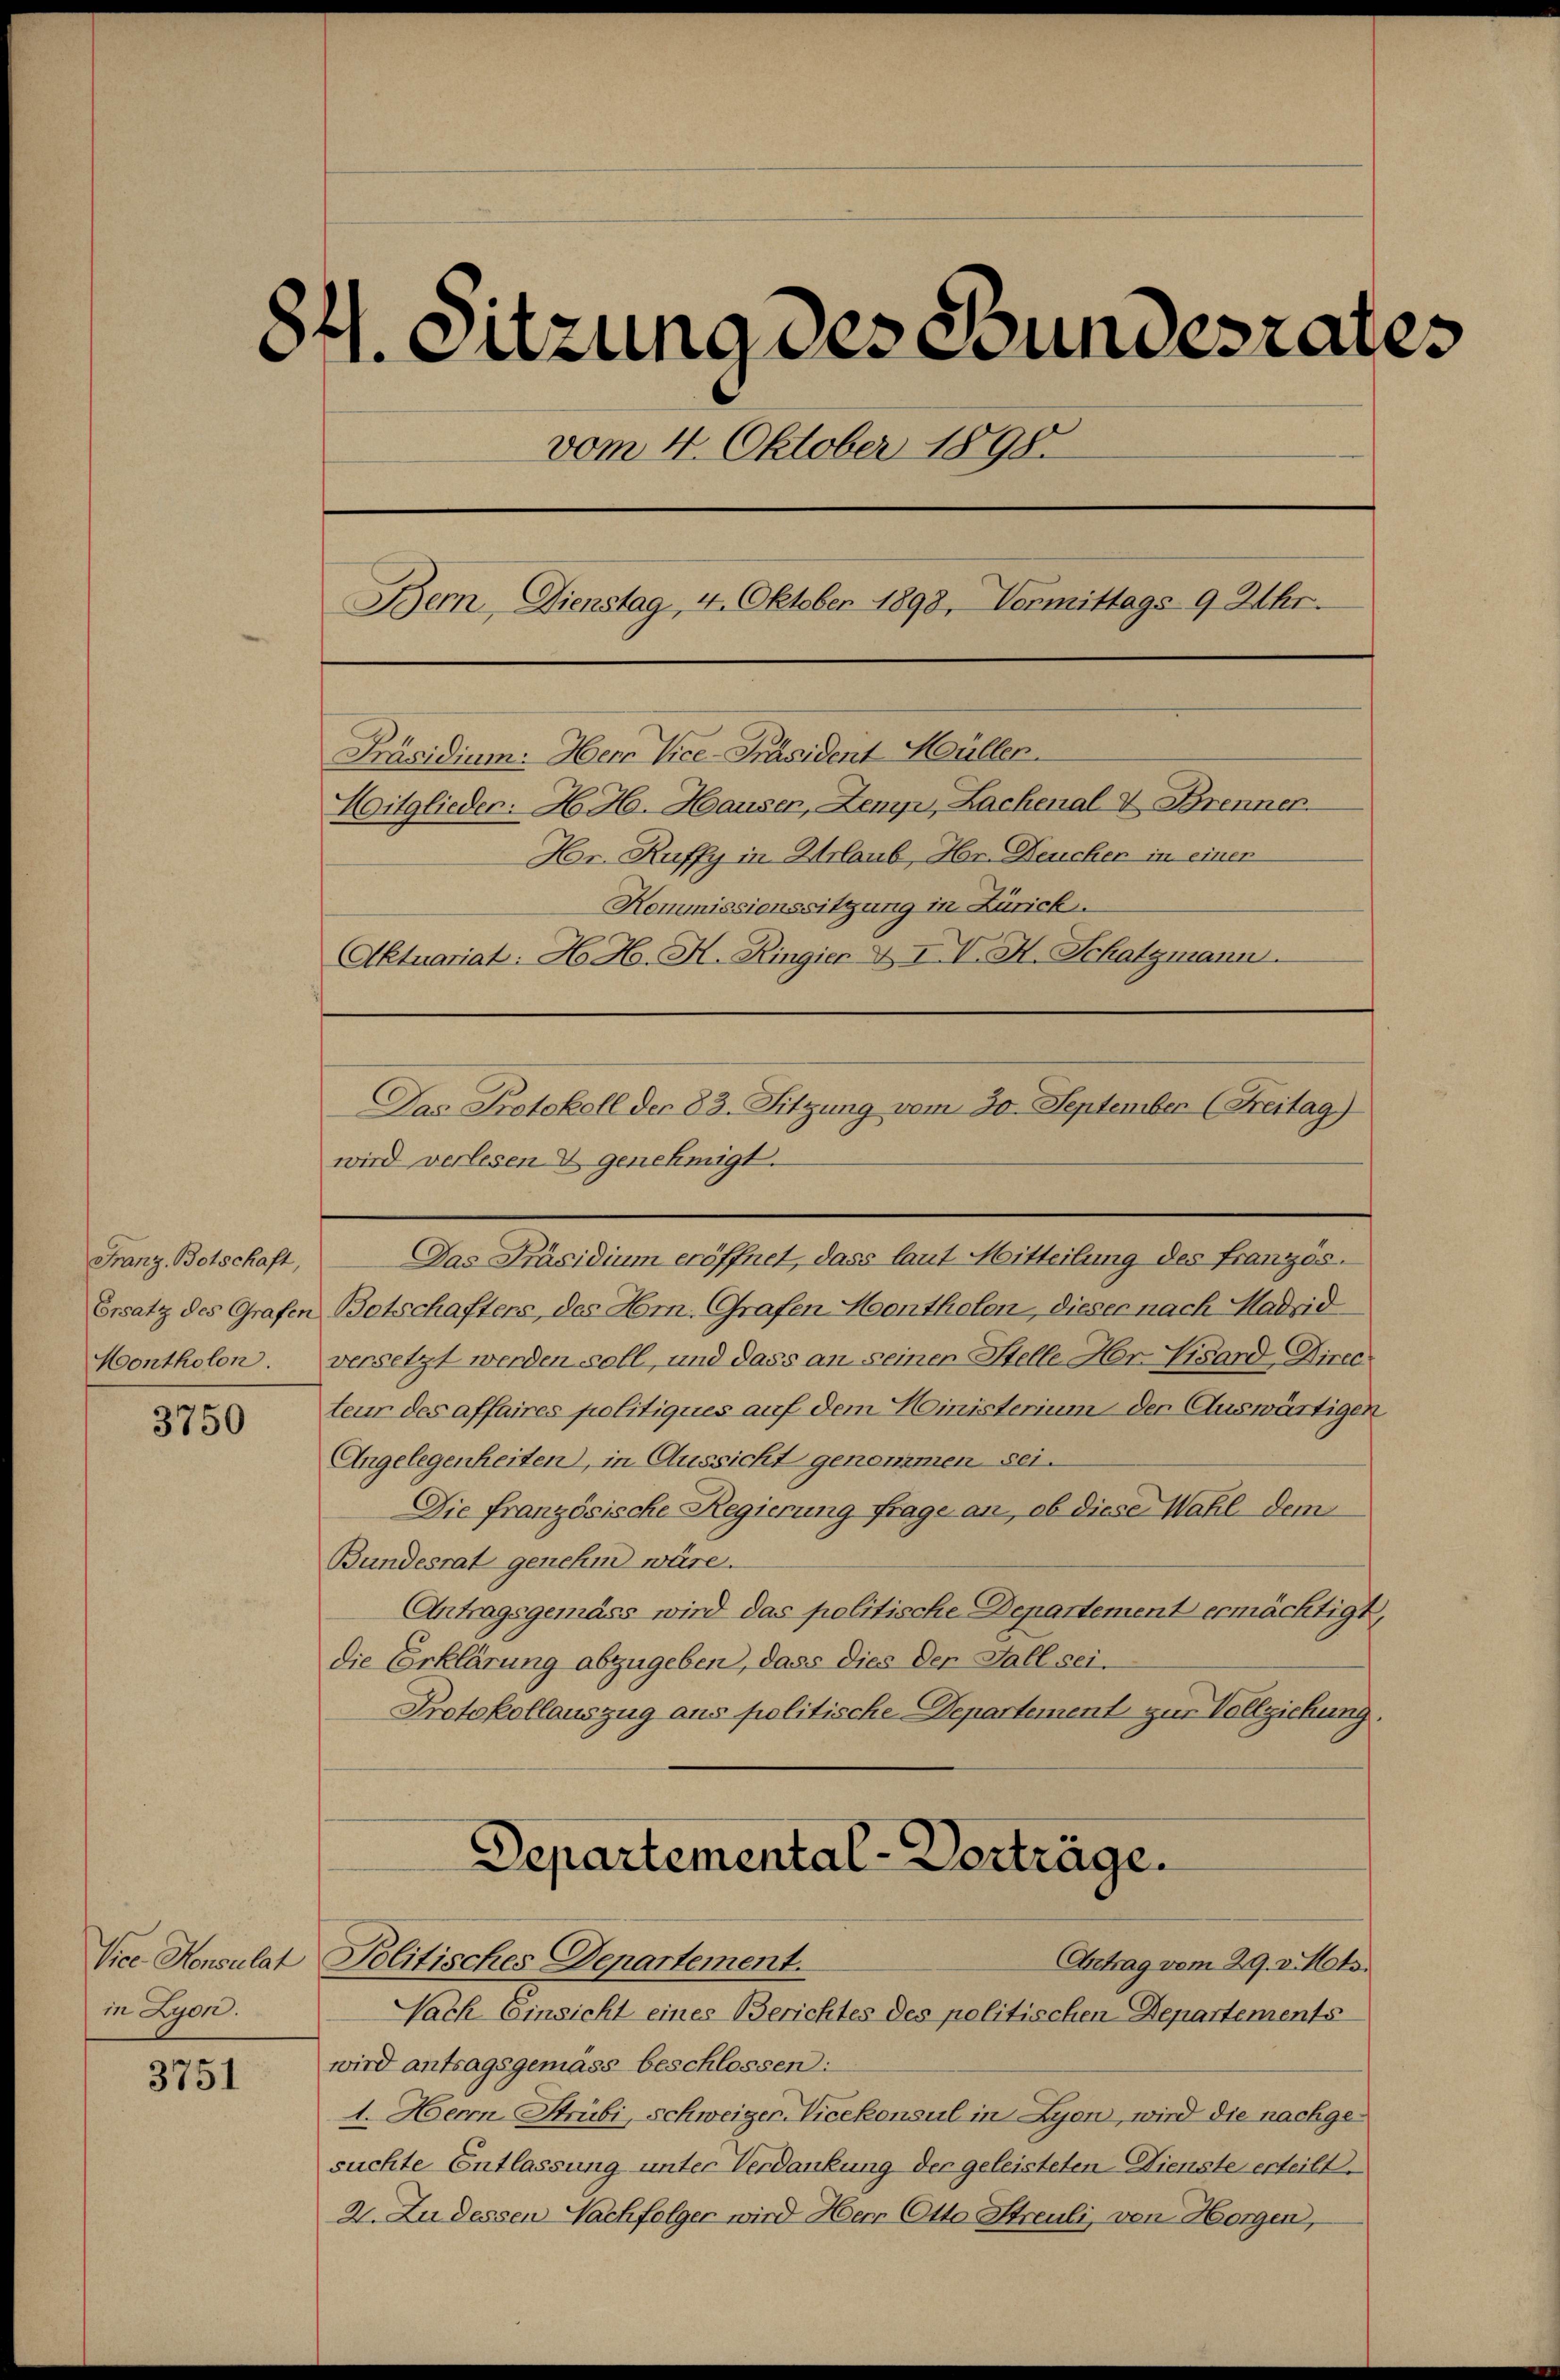
Franz Botschaft,
Montholen.

3750

Vice Konsulat
in Lyon.

3751

84. Sitzung des Bundesrates
vom 4. Oktober 1898.
Bern, Dienstag, 4. Oktober 1898, Vermittags 9 Uhr.
Präsidium. Herr Vice-Präsident Hüller.
Mitglieder. H. H. Hauser, Zemp, Lachenal & Brenner
Hr. Ruffy in Urlaub, Hr. Deucher in einer
Kommissionssitzung in Zürich.
Aktuariat: H. H. H. Ringier & IV. H. Schatzmann.

Das Präsidium eröffnet, dass laut Mitteilung des Französ.
Ersatz des Grafen Botschafters, des Hrn. Grafen Honthofen, dieser nach Madrid
versetzt werden soll, und dass an seiner Stelle Hr. Visard Direc
teur des affaires politiques auf dem Ministerium der Auswärtigen
Angelegenheiten, in Aussicht genommen sei.
Die französische Regierung frage an, ob diese Wahl dem
Bundesrat genehm wäre.
Antragsgemäss wird das politische Departement ermächtigt,
die Erklärung abzugeben, dass dies Der Fall sei¬
Protokollauszug aus politische Departement zur Vollziehung
Departemental-Vorträge.
Politisches Departement.
Ertrag vom 29. v. Mts.
Nach Einsicht eines Berichtes des politischen Departements
wird antragsgemäss beschlossen:
1. Herrn Strubi, Schweizer. Vicekonsul in Lyon, wird die nachgesuchte Entlassung unter Verdankung der geleisteten Dienste erteilt.
2. Zu dessen Nachfolger wird Herr Otto Streuli, von Horgen,

Das Protokoll der 83. Sitzung vom 30. September (Freitag)
wird verlesen & genehmigt.